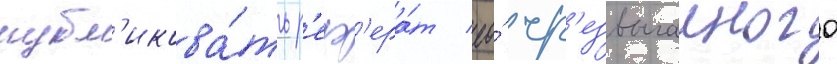
публ'икова́ть р'еф'ера́т ео́ чр'езвычаиного